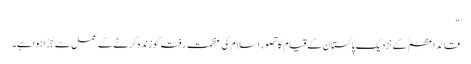
“
قائداعظمؒ کے نزدیک پاکستان کے قیام کا تصور اسلام کی عظمت رفتہ کو زندہ کرنے کے عمل سے جُڑا ہوا ہے۔